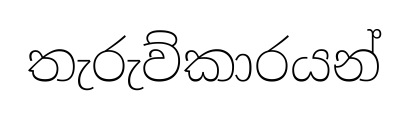
තැරුව්කාරයන්